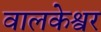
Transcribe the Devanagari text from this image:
वालकेश्वर